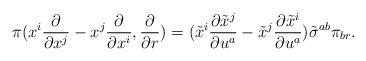
LaTeX: \begin{align*}\pi(x^i \frac{\partial}{\partial x^j}-x^j\frac{\partial}{\partial x^i},\frac{\partial}{\partial r})=(\tilde{x}^i \frac{\partial \tilde{x}^j}{\partial u^a}-\tilde{x}^j\frac{\partial \tilde{x}^i}{\partial u^a})\tilde{\sigma}^{ab}\pi_{br}.\end{align*}